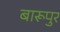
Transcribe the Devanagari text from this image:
बारूपुर